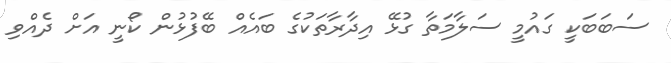
ސަބަބަކީ ގައުމީ ސަލާމަތާ ގުޅޭ އިދާރާތަކުގެ ބައެއް ބޭފުޅުން ކޯނީ އަށް ދެއްވި